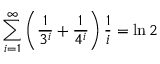
\sum _ { i = 1 } ^ { \infty } \left( { \frac { 1 } { 3 ^ { i } } } + { \frac { 1 } { 4 ^ { i } } } \right) { \frac { 1 } { i } } = \ln 2